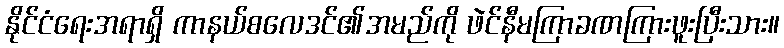
နိုင်ငံရေးအရာရှိ ကာနယ်စလေဒင်၏အမည်ကို ဖဲင်နီမကြာခဏကြားဖူးပြီးသား။